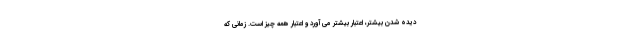
دیده شدن بیشتر، اعتبار بیشتر می آورد و اعتبار همه چیز است. زمانی که